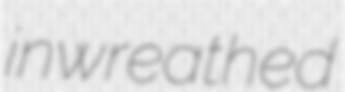
inwreathed